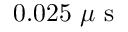
0 . 0 2 5 ~ \mu \mathrm { ~ s ~ }